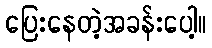
ပြေးနေတဲ့အခန်းပေါ့။